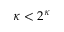
\kappa < 2 ^ { \kappa }